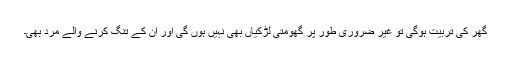
گھر کی تربیت ہوگی تو غیر ضروری طور پر گھومتی لڑکیاں بھی نہیں ہوں گی اور ان کے تنگ کرنے والے مرد بھی۔